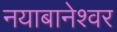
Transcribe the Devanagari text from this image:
नयाबानेश्वर